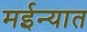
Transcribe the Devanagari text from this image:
मईन्यात